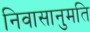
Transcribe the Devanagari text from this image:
निवासानुमति